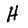
Character: H